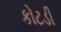
કોટડી